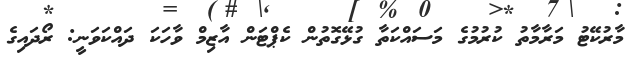
މާރުކޭޓު މަރާމާތު ކުރުމުގެ މަސައްކަތާ ގުޅޭގޮތުން ކެޕްޓަން އާޒިމް ވާހަކަ ދައްކަވަނީ: ރޯދައިގެ